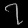
Digit: ၇